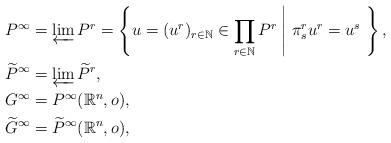
LaTeX: \begin{align*}P^\infty&=\varprojlim P^r=\left\{u=(u^r)_{r\in\mathbb{N}}\in\prod_{r\in\mathbb{N}}P^r\;\middle|\;\pi^r_su^r=u^s\ \right\},\\*\widetilde{P}^\infty&=\varprojlim\widetilde{P}^r,\\*G^\infty&=P^\infty(\mathbb{R}^n,o),\\*\widetilde{G}^\infty&=\widetilde{P}^\infty(\mathbb{R}^n,o),\end{align*}